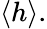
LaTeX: \langle h\rangle.